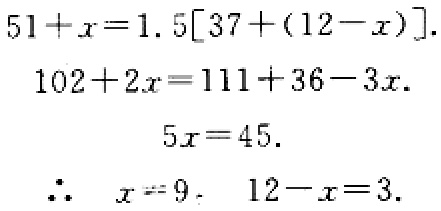
\[
\begin{align*}
51 + x&=1.5[37+(12 - x)]\\
102 + 2x&=111 + 36-3x\\
5x&=45\\
\therefore\quad x&=9,\quad 12 - x = 3
\end{align*}
\]